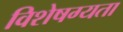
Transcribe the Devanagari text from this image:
विशेषग्यता